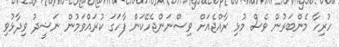
ހުރިހާ މެންބަރުން ވެސް މުޅި ރާއްޖެއަށް ވިސްނަންޖެހޭކަން ފާހަގަ ކުރައްވަމުން ނަޝީދު ވިދާޅުވި